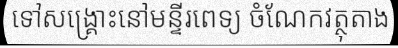
ទៅសង្គ្រោះនៅមន្ទីរពេទ្យ ចំណែកវត្ថុតាង